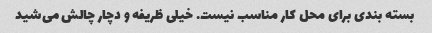
بسته بندی برای محل کار مناسب نیست. خیلی ظریفه و دچار چالش می‌شید